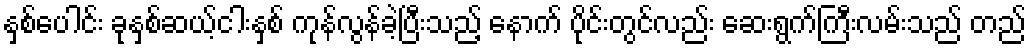
နှစ်ပေါင်း ခုနှစ်ဆယ့်ငါးနှစ် ကုန်လွန်ခဲ့ပြီးသည့် နောက် ပိုင်းတွင်လည်း ဆေးရွက်ကြီးလမ်းသည် တည်